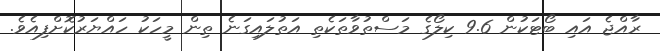
ރާއްޖެ އައި ބޯޓަކުން 9.6 ކިލޯގެ މަސްތުވާތަކެތި އަތުލައިގަނެ ތިން މީހަކު ހައްޔަރުކޮށްފިއެވެ.